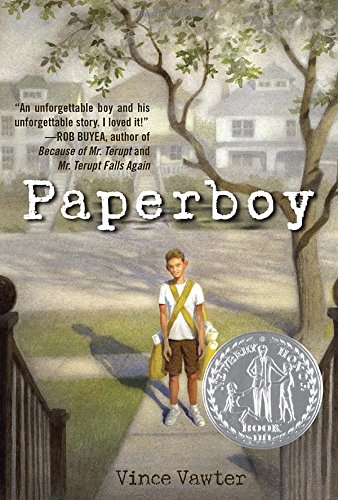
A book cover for Paperboy; Vince Vawter; Children's Books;